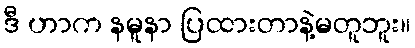
ဒီ ဟာက နမူနာ ပြထားတာနဲ့မတူဘူး။